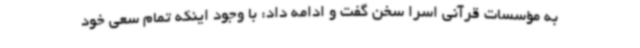
به مؤسسات قرآنی اسرا سخن گفت و ادامه داد: با وجود اینکه تمام سعی خود